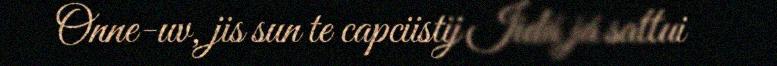
Onne-uv, jis sun te capciistij Iidá já sattui